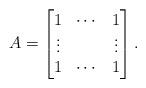
LaTeX: \begin{align*} A= \begin{bmatrix} 1 & \cdots & 1 \\ \vdots & & \vdots\\ 1 & \cdots & 1 \end{bmatrix} .\end{align*}